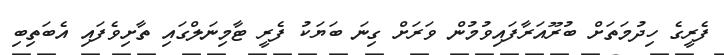
ފެރީގެ ހިދުމަތަށް ބުރޫއަރާފައިވުމުން ވަރަށް ގިނަ ބަޔަކު ފެރީ ޓާމިނަލްގައި ތާށިވެފައި އެބަތިބި